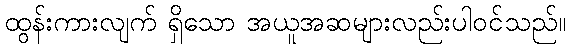
ထွန်းကားလျက် ရှိသော အယူအဆများလည်းပါဝင်သည်။